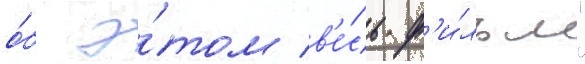
о́б э́том в'е́сь ф'и́льм"